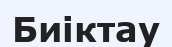
Биіктау